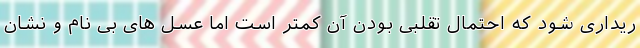
ریداری شود که احتمال تقلبی بودن آن کمتر است اما عسل های بی نام و نشان